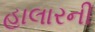
હાલારની